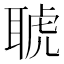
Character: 𦖖